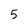
Character: 5